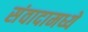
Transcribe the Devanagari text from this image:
संवादामध्ये